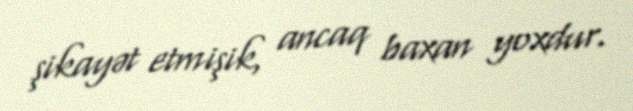
şikayət etmişik, ancaq baxan yoxdur.